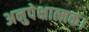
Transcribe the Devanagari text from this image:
अनुपेक्षात्मक।